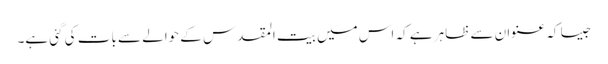
جیسا کہ عنوان سے ظاہر ہے کہ اس میں بیت المقدس کے حوالے سے بات کی گئی ہے۔